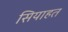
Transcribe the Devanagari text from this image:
सियाहत